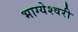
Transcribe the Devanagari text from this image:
भाग्येश्वरी